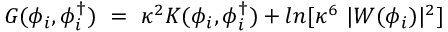
G ( \phi _ { i } , \phi _ { i } ^ { \dag } ) \ = \ \kappa ^ { 2 } K ( \phi _ { i } , \phi _ { i } ^ { \dag } ) + l n [ \kappa ^ { 6 } \ | W ( \phi _ { i } ) | ^ { 2 } ]